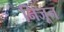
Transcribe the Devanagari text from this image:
निजून